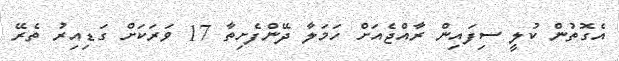
އެގޮތުން ކުލީ ސިފައިން ރާއްޖެއަށް ހަމަލާ ދޭންފެށިތާ 17 ވަރަކަށް ގަޑިއިރު ތެރޭ